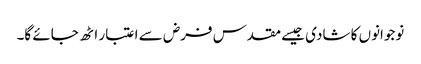
نوجوانوں کا شادی جیسے مقدس فرض سے اعتبار اٹھ جائے گا۔